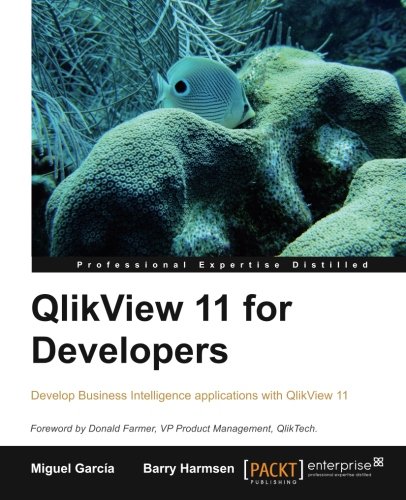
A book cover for QlikView 11 for Developers; Barry Harmsen; Computers & Technology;